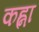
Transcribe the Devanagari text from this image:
कह्ना